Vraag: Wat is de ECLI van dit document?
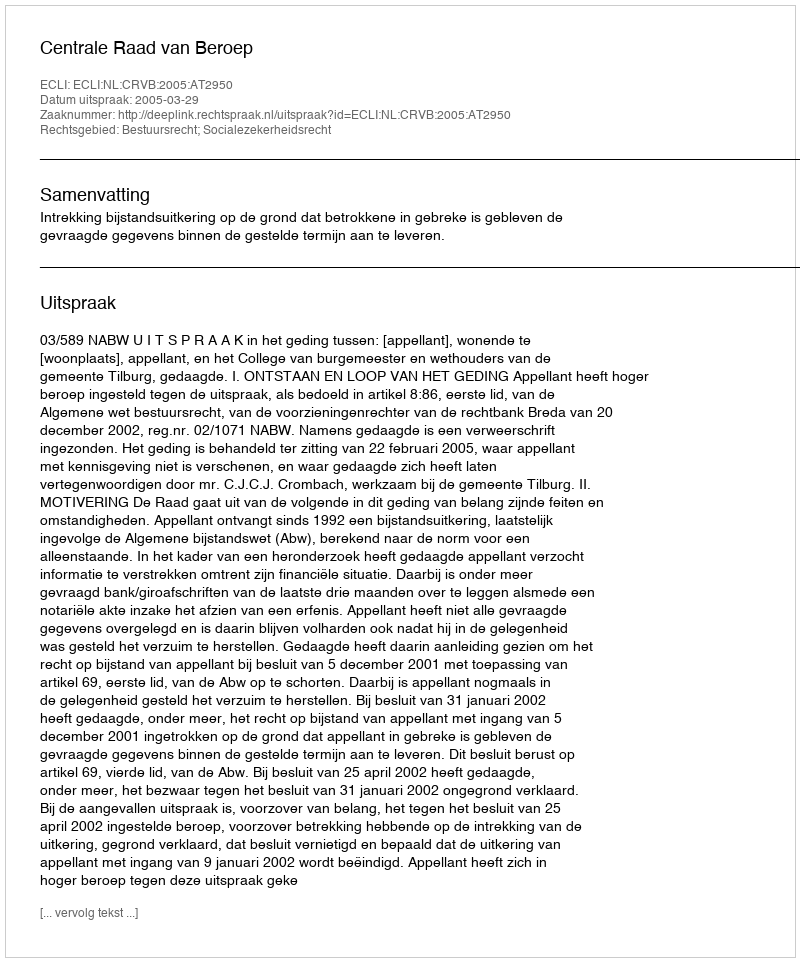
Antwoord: ECLI:NL:CRVB:2005:AT2950